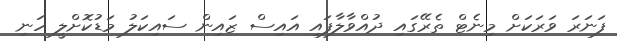
ފަނަރަ ވަރަކަށް މިނެޓް ތެރޭގައި ދުއްވާލާފައި އައިސް ޒައިން ސައިކަލު މަޑުކޮށްލީ ހަނި